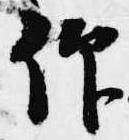
仰